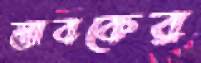
স্তাবকের